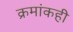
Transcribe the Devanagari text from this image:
क्रमांकही